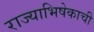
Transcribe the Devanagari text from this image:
राज्याभिषेकाची